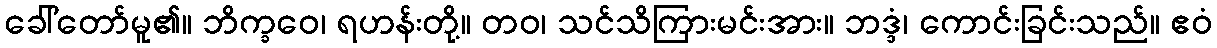
ခေါ်တော်မူ၏။ ဘိက္ခဝေ၊ ရဟန်းတို့။ တဝ၊ သင်သိကြားမင်းအား။ ဘဒ္ဒံ၊ ကောင်းခြင်းသည်။ ဧဝံ